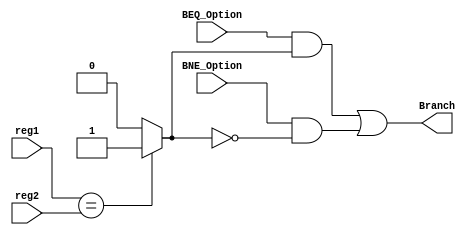
module BranchBox(
  input [31:0] reg1,
  input [31:0] reg2,
  input BEQ_Option,
  input BNE_Option,
  
  output reg Branch
);
  
  reg Equal;
	
  always@(*)
    begin
      Equal = (reg1 == reg2) ? 1'b1 : 1'b0;
      Branch = (BEQ_Option && Equal) || (BNE_Option && ~Equal);
    end
  
endmodule